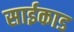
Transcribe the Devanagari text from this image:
साईकाड